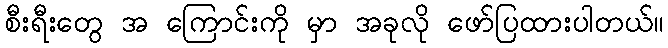
စီးရီးတွေ အ ကြောင်းကို မှာ အခုလို ဖော်ပြထားပါတယ်။